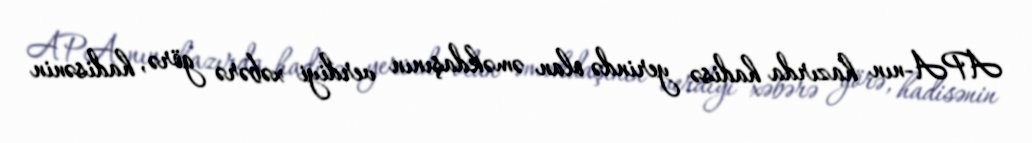
APA-nın hazırda hadisə yerində olan əməkdaşının verdiyi xəbərə görə, hadisənin